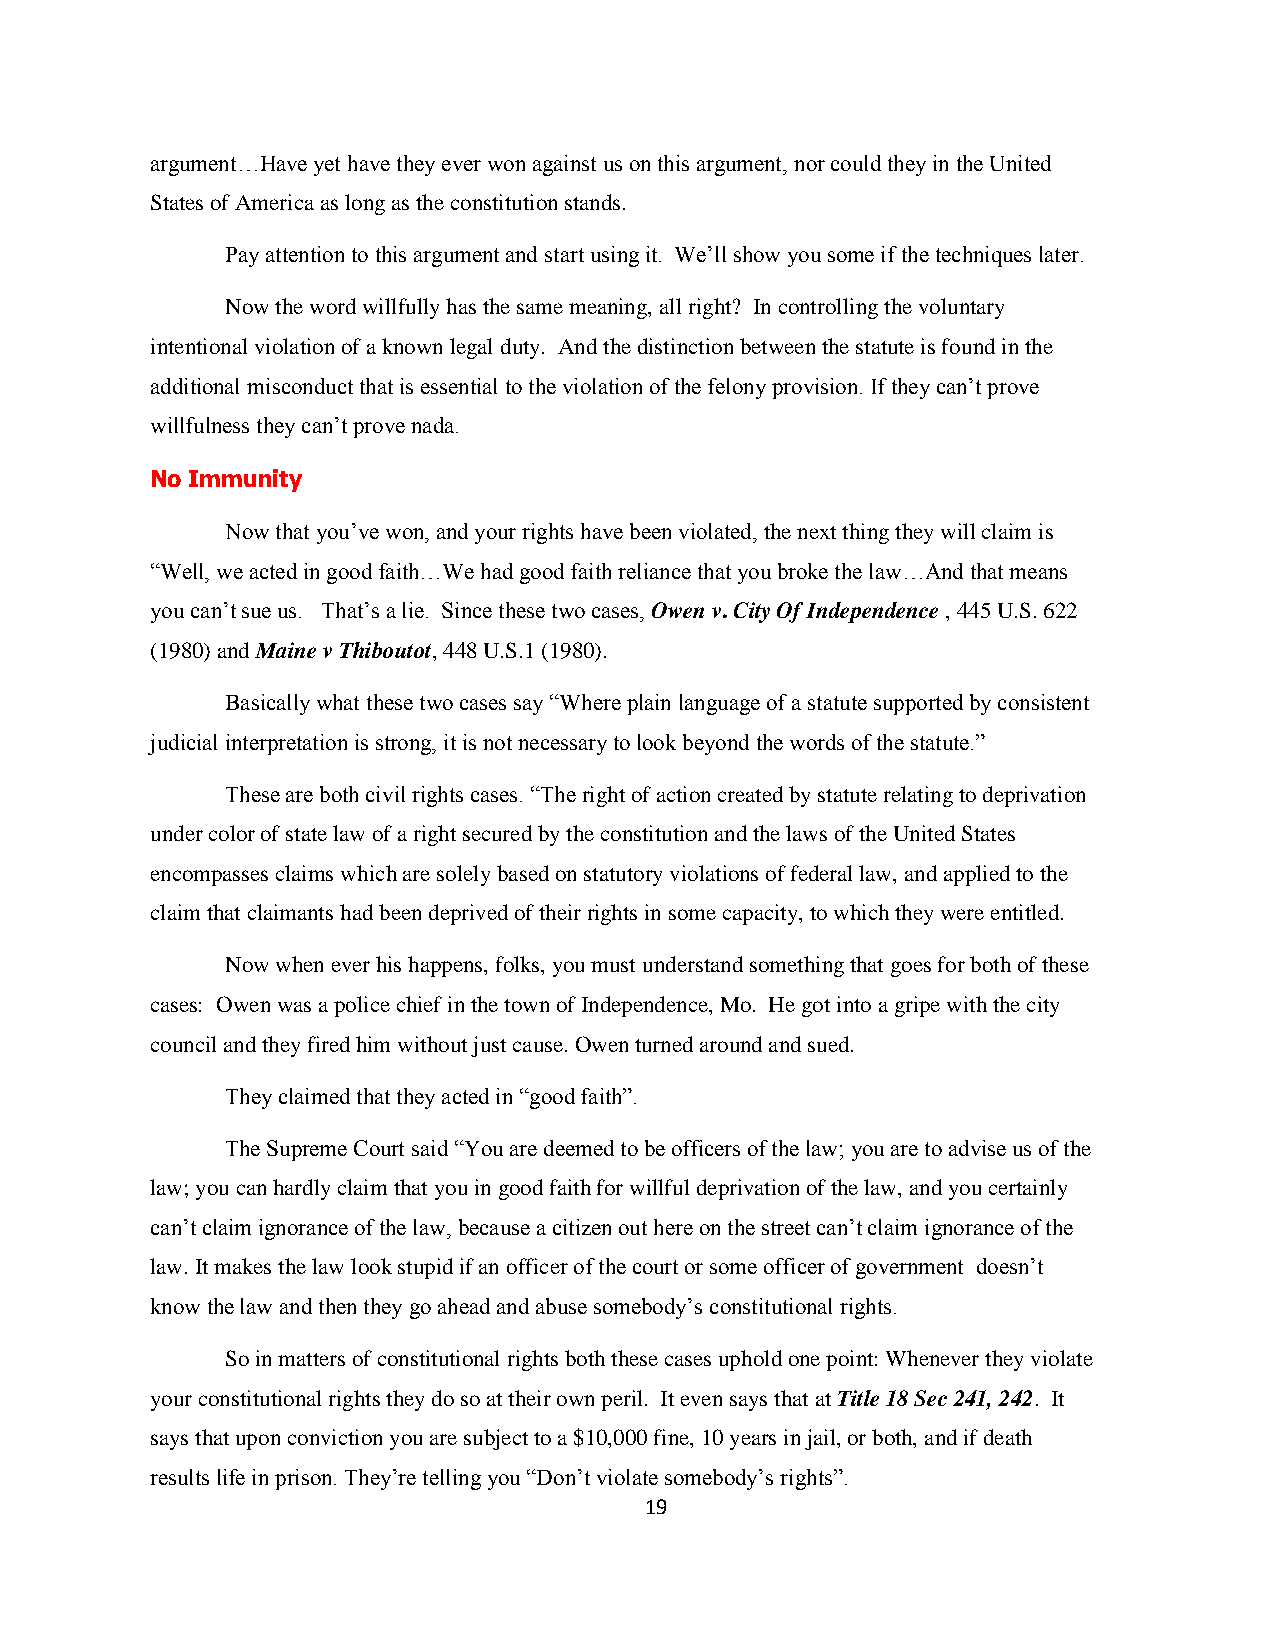
argument…Have yet have they ever won against us on this argument, nor could they in the United
 States of America as long as the constitution stands.
 Pay attention to this argument and start using it. We‟ll show you some if the techniques later.
 Now the word willfully has the same meaning, all right? In controlling the voluntary
 intentional violation of a known legal duty. And the distinction between the statute is found in the
 additional misconduct that is essential to the violation of the felony provision. If they can‟t prove
 willfulness they can‟t prove nada.
 No Immunity
 Now that you‟ve won, and your rights have been violated, the next thing they will claim is
 “Well, we acted in good faith…We had good faith reliance that you broke the law…And that means
 you can‟t sue us. That‟s a lie. Since these two cases, Owen v. City Of Independence , 445 U.S. 622
 (1980) and Maine v Thiboutot, 448 U.S.1 (1980).
 Basically what these two cases say “Where plain language of a statute supported by consistent
 judicial interpretation is strong, it is not necessary to look beyond the words of the statute.”
 These are both civil rights cases. “The right of action created by statute relating to deprivation
 under color of state law of a right secured by the constitution and the laws of the United States
 encompasses claims which are solely based on statutory violations of federal law, and applied to the
 claim that claimants had been deprived of their rights in some capacity, to which they were entitled.
 Now when ever his happens, folks, you must understand something that goes for both of these
 cases: Owen was a police chief in the town of Independence, Mo. He got into a gripe with the city
 council and they fired him without just cause. Owen turned around and sued.
 They claimed that they acted in “good faith”.
 The Supreme Court said “You are deemed to be officers of the law; you are to advise us of the
 law; you can hardly claim that you in good faith for willful deprivation of the law, and you certainly
 can‟t claim ignorance of the law, because a citizen out here on the street can‟t claim ignorance of the
 law. It makes the law look stupid if an officer of the court or some officer of government doesn‟t
 know the law and then they go ahead and abuse somebody‟s constitutional rights.
 So in matters of constitutional rights both these cases uphold one point: Whenever they violate
 your constitutional rights they do so at their own peril. It even says that at Title 18 Sec 241, 242. It
 says that upon conviction you are subject to a $10,000 fine, 10 years in jail, or both, and if death
 results life in prison. They‟re telling you “Don‟t violate somebody‟s rights”.
 19